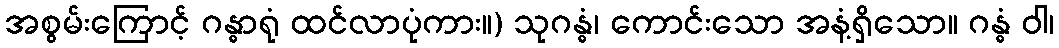
အစွမ်းကြောင့် ဂန္ဓာရုံ ထင်လာပုံကား။) သုဂန္ဓံ၊ ကောင်းသော အနံ့ရှိသော။ ဂန္ဓံ ဝါ၊